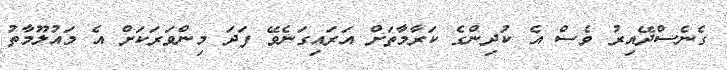
ގެނެސްދޭއިރު ވެސް އެ ކުދިންގެ ކަރާމާތަށް އަރައިގަނެވޭ ފަދަ މިންވަރަކަށް އެ މައުލޫމާތު